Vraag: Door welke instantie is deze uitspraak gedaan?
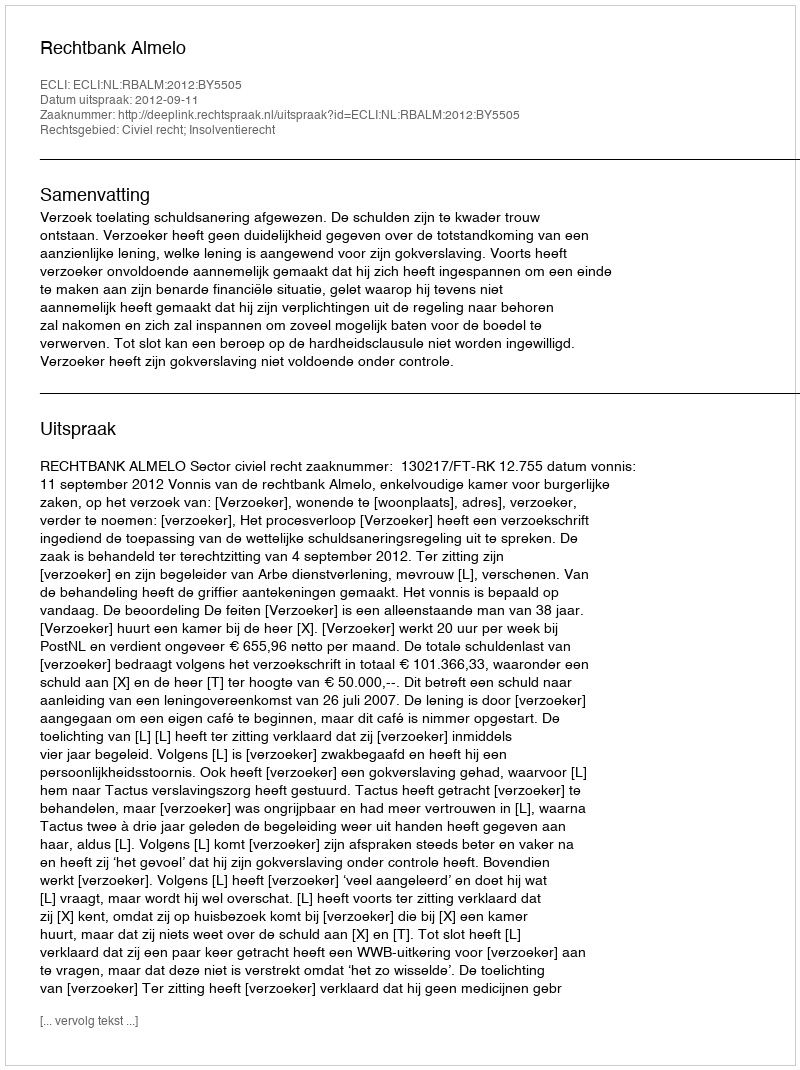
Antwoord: Rechtbank Almelo